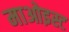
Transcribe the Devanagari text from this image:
माओइस्ट